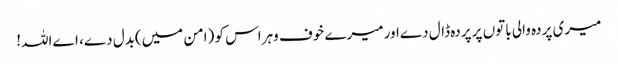
میری پردہ والی باتوں پر پردہ ڈال دےاور میرے خوف وہراس کو (امن میں)بدل دے، اےاللہ!